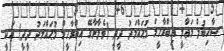
ޞާހިބުލް މަޢާލީ އިބްރާހީމް މުޙައްމަދު ދީދީ (ވެލާނާގޭ އިބްރާހީމް މުޙައްމަދު ދީދީ) އަކީ